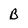
Character: B